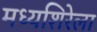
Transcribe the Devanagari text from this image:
मध्यशिरेला